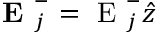
\textbf { E } _ { j } ^ { - } = \textrm { E } _ { j } ^ { - } \hat { z }